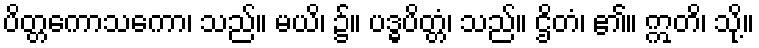
ပိတ္တကောသကော၊ သည်။ မယိ၊ ၌။ ပဒ္ဓပိတ္တံ၊ သည်။ ဌိတံ၊ ၏။ ဣတိ၊ သို့။